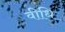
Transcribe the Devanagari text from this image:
वीधि